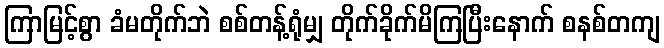
ကြာမြင့်စွာ ခံမတိုက်ဘဲ စစ်တန့်ရုံမျှ တိုက်ခိုက်မိကြပြီးနောက် စနစ်တကျ